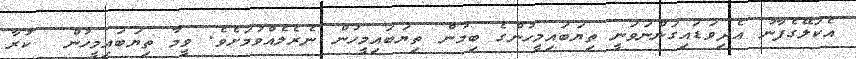
އެކަލޭގެފާނު އެދިވަޑައިގަންނަވަނީ ތިޔަބައިމީހުންގެ ބިމުން ތިޔަބައިމީހުން ނެރެލެއްވުމަށެވެ. ވީމާ ތިޔަބައިމީހުން  ކުރާ